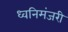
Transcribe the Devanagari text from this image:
ध्वनिमंजरी